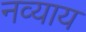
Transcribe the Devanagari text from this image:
नव्याय